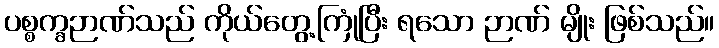
ပစ္စက္ခဉာဏ်သည် ကိုယ်တွေ့ကြုံပြီး ရသော ဉာဏ် မျိုး ဖြစ်သည်။